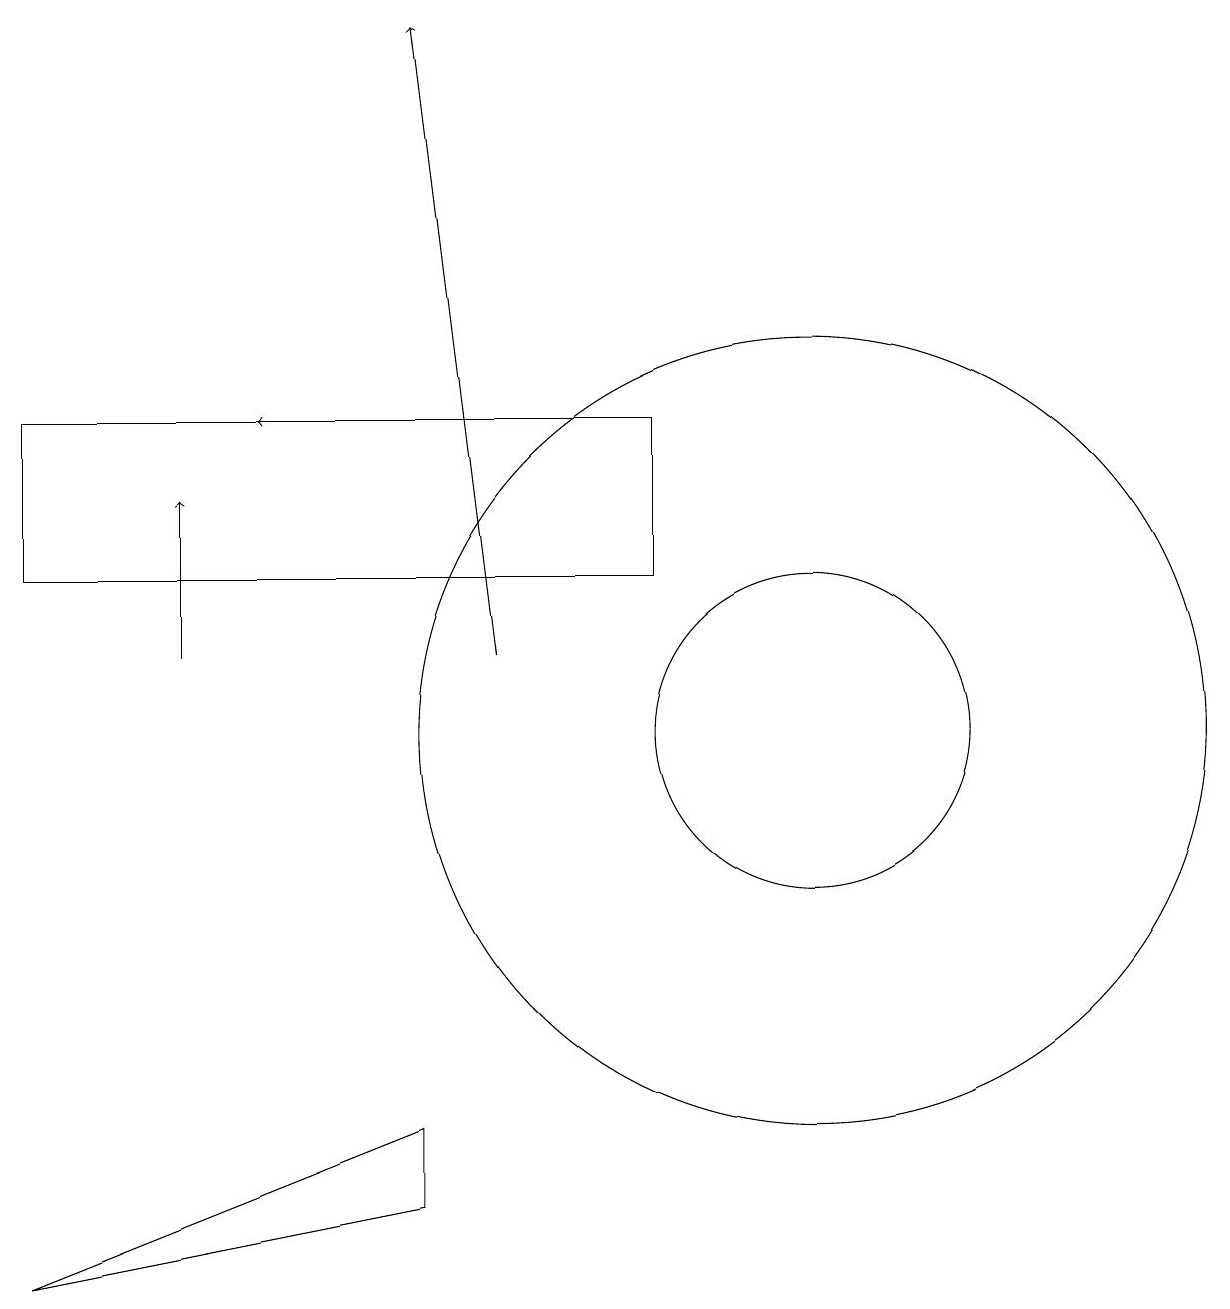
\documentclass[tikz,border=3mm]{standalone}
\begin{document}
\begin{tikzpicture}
\draw (10,10) circle (2);
\draw (11,10) circle (0);
\draw (10,10) circle (5);
\draw (8,12) rectangle (0,14);
\draw[->] (2,11) -- (2,13);
\draw[->] (6,11) -- (5,19);
\draw (5,5) -- (5,4) -- (0,3) -- cycle;
\draw[->] (8,14) -- (3,14);
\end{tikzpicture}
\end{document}